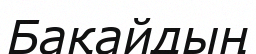
Бақайдың